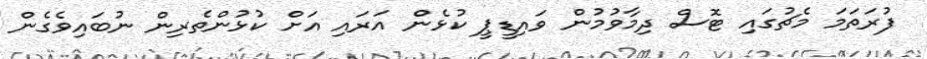
ފުރަތަމަ މެޗުގައި ޓޮސް ދިމާވުމުން ވައިޑީޕީ ކުޅެން އަރައި އަށް ކުޅުންތެރިން ނުބައިވެގެން